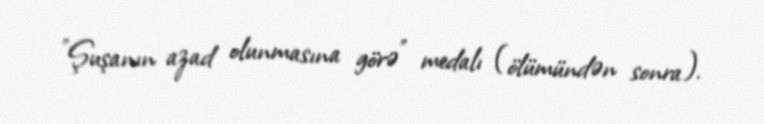
"Şuşanın azad olunmasına görə" medalı (ölümündən sonra).